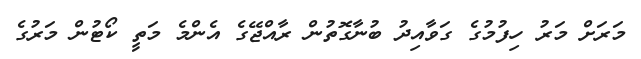
މަރަށް މަރު ހިފުމުގެ ގަވާއިދު ބުނާގޮތުން ރާއްޖޭގެ އެންމެ މަތީ ކޯޓުން މަރުގެ